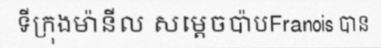
ទីក្រុងម៉ានីល សម្តេចប៉ាបFranois បាន